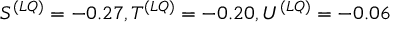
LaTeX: S ^ { ( L Q ) } = - 0 . 2 7 , T ^ { ( L Q ) } = - 0 . 2 0 , U ^ { ( L Q ) } = - 0 . 0 6